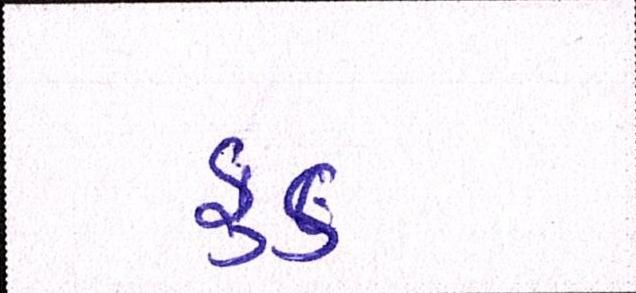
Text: ફુડ